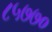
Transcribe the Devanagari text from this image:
८५७७०